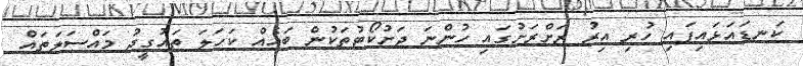
ކަނޑައަޅައިފައި ހުރި އިރު ރަށްރަށުގައި ހުންނަ ދަށުކޯޓުތަކުން ބައެއް ކަހަލަ ތައުގީދު މައްސަލަތައް